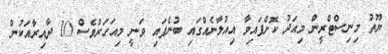
ޔޫތު މިނިސްޓްރީން މިއަދު ކޮށްފައިވާ އިއުލާނެއްގައި ބުނެފައި ވަނީ މިއަހަރުވެސް 10 ދާއިރާއަކުން